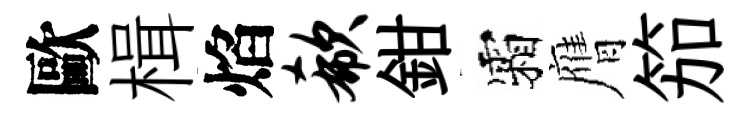
歐楫焰欷鉗霜膺笳